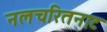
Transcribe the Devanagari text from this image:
नलचरितनाट